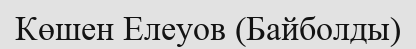
Көшен Елеуов (Байболды)